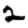
Digit: 2